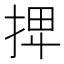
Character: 𢬽